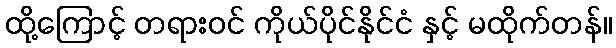
ထို့ကြောင့် တရားဝင် ကိုယ်ပိုင်နိုင်ငံ နှင့် မထိုက်တန်။